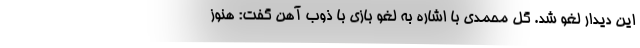
این دیدار لغو شد. گل محمدی با اشاره به لغو بازی با ذوب آهن گفت: هنوز